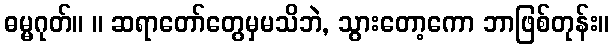
ဓမ္မဂုတ်။ ။ ဆရာတော်တွေမှမသိဘဲ, သွားတော့ကော ဘာဖြစ်တုန်း။